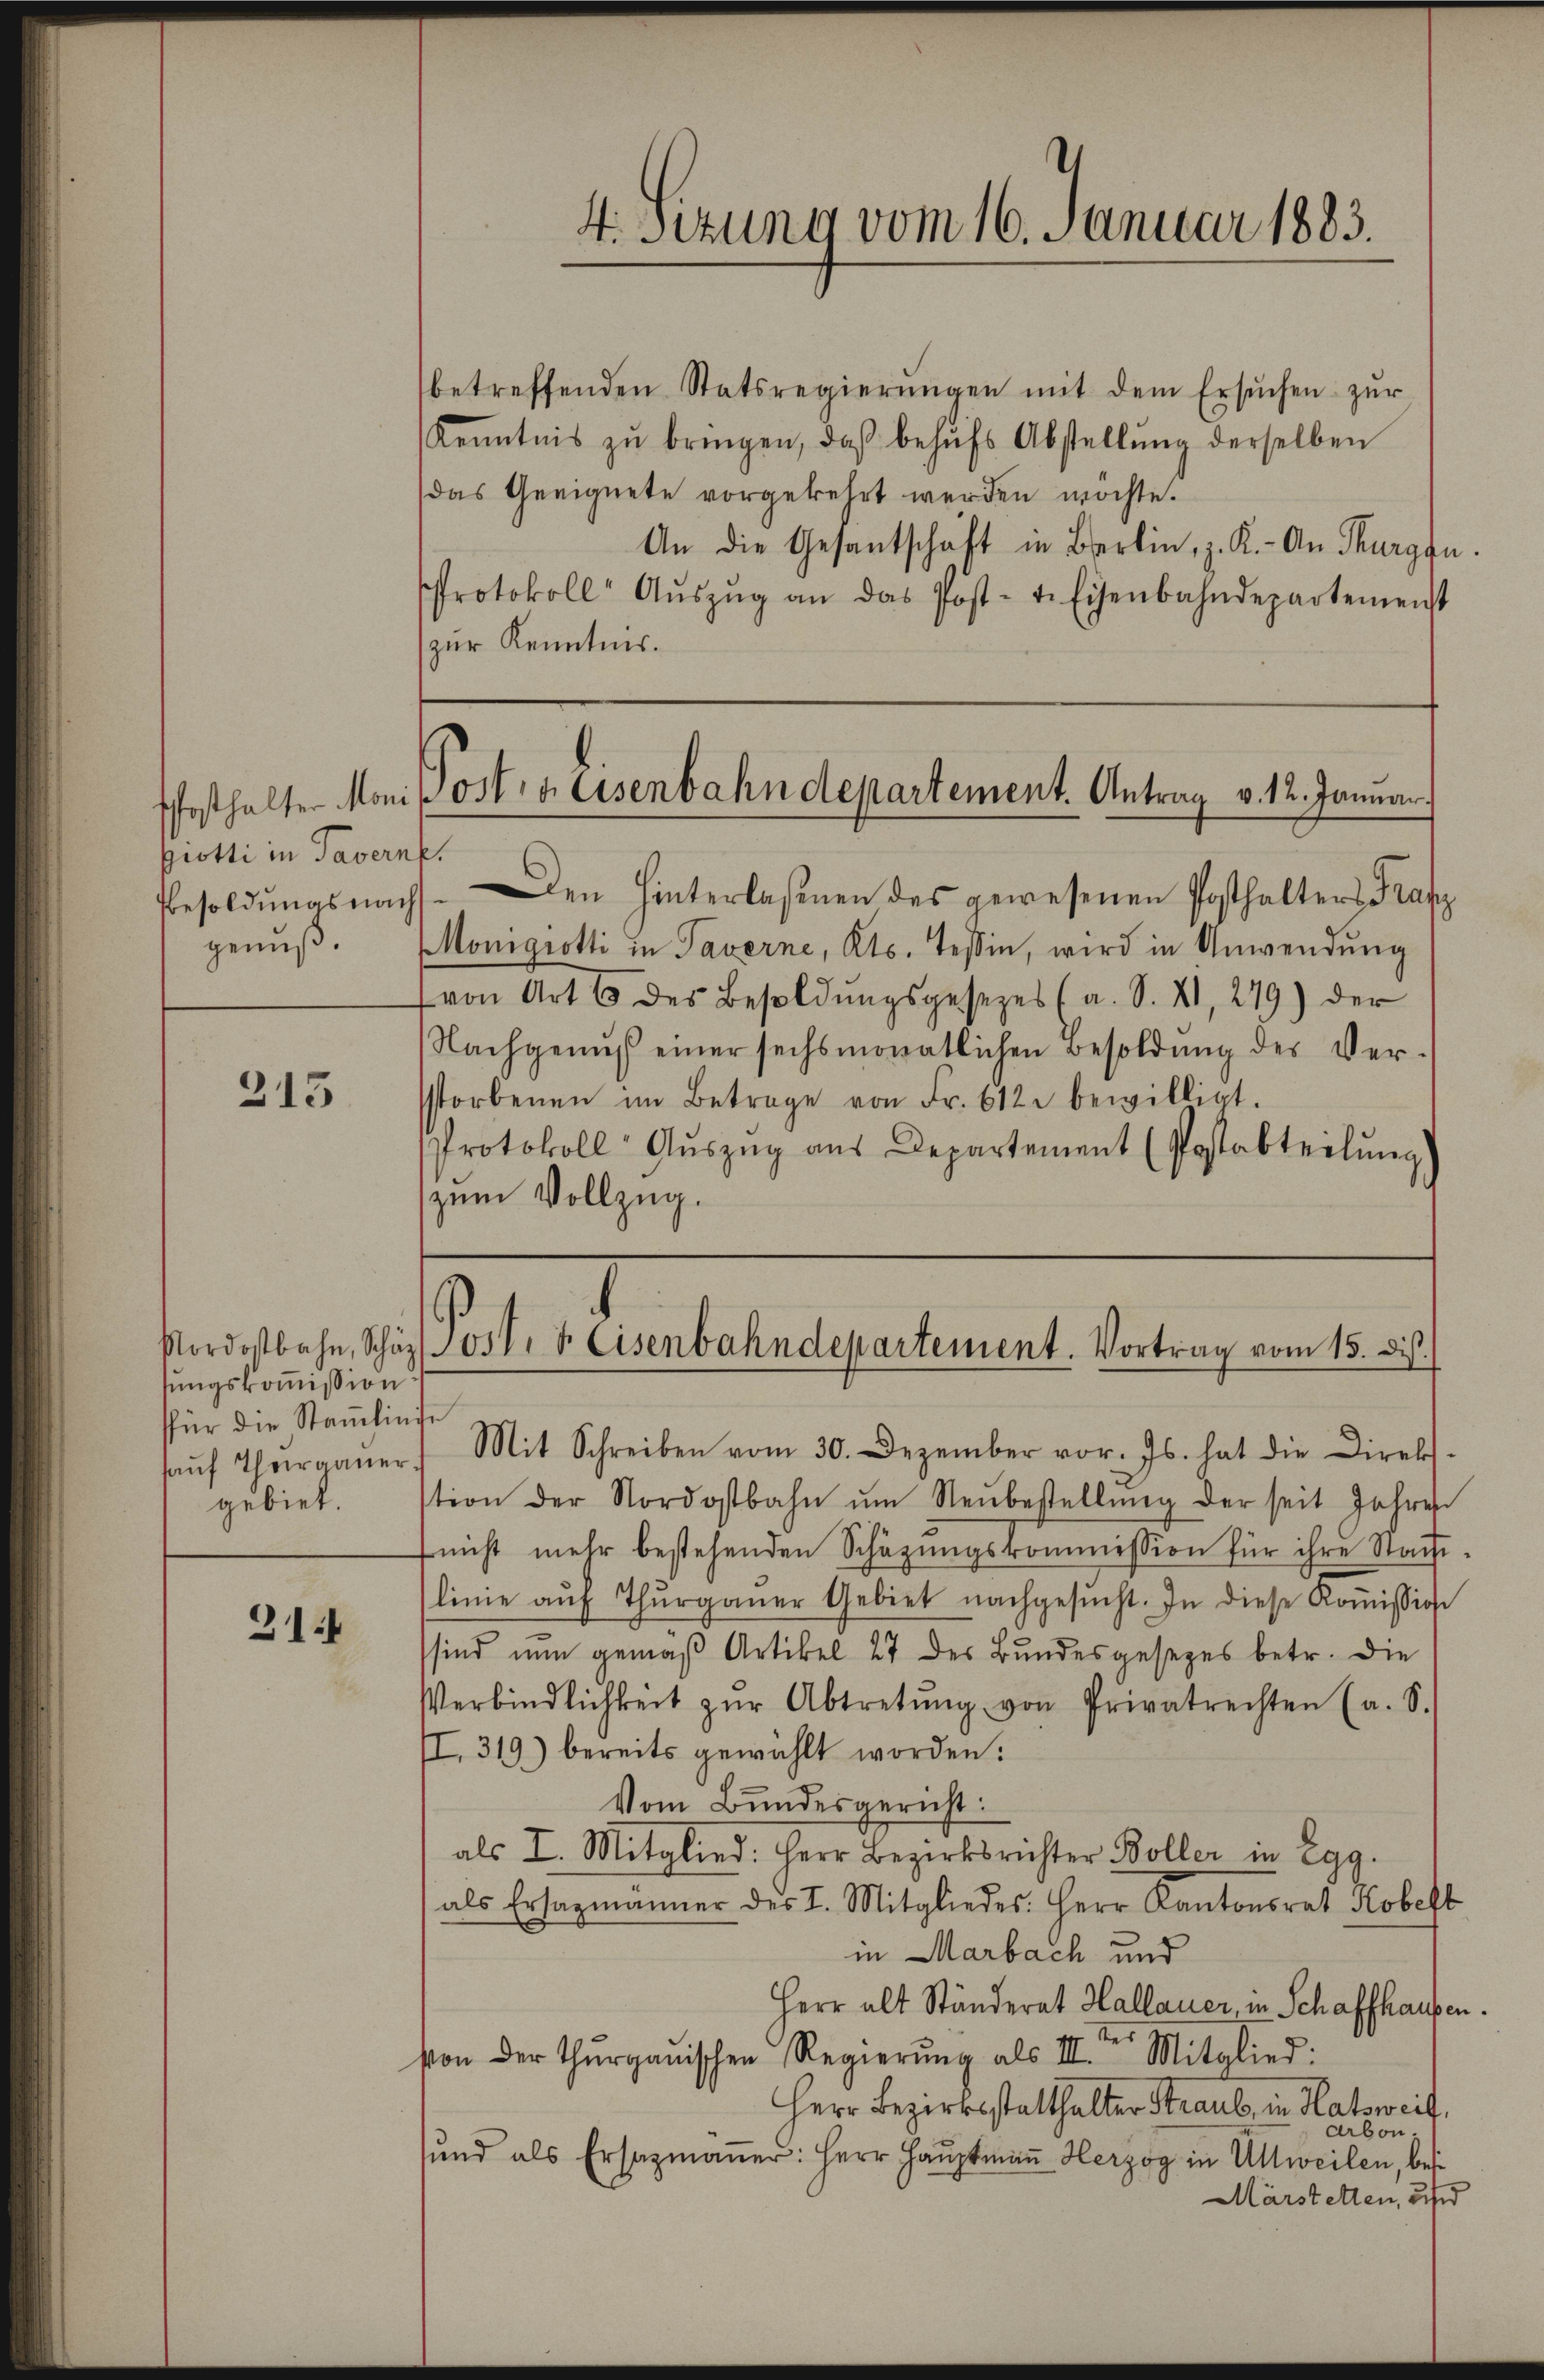
piotti in Taverne.
genuß.

315

Nordostbahn, Schäz
sungskoṁission
für die Stammlinie
gebiet.

31:

betreffenden Statsregierŭngen mit dem Ersŭchen zŭr
Kenntnis zŭ bringen, daß behŭfs Abstellŭng derselben
das Geeignete vorgekehrt werden möchte.
An die Gesantschaft in Bern, z. K. An Murgfn.
Protokoll Aŭszŭg an das Post- u. Eisenbahndepartemenst
zur Kenntnis.

Besoldŭngsnach den hinterlaßenen des gewesenen Posthalters Trafz
Monigrotti in Taverne, Kts. Tessin, wird in Anwendung
von Art 6 des Besoldŭngsgesezes (a. S. 21, 279) der
Nachgenŭβ einer sechsmonatlichen Besoldŭng des Ver-
storbenen im Betrage von Fr. 612 bewilligt.
Protokoll Aŭszŭg aŭs Departement (Postabteilŭng.
zum Vollzug.

4.sizung vom 16. Januar 1883.

Posthalter Moni sostig. Eisenbahndepartement. Antrag v. 12. Januar

Jost, 5 Eisenbahndepartement. Vortrag vom 15. dis.

aŭf Thurgauer Mit Schreiben vom 30. Dezember vor. Js. hat die Direk
stion der Nordostbahn ŭm Neŭbestellŭng der seit Jahren
nicht mehr bestehenden Schäzŭngskommission für ihre Stadt-
linie aŭf Thŭrgaŭer Gebiet nachgesŭcht. In diese Koṁission
sind nun gemäβ Artikel 27 des Bundesgesezes betr. die
Verbindlichkeit zŭr Abtretŭng von Privatrechten (a. S.
II. 319) bereits gewählt worden.
Vom Bundesgericht:
als I. Mitglied. Herr Bezirksrichter Boller in Egg.
als Ersazmänner des I. Mitgliedes. Herr Kantonsrat Kobeft
in Marbach und
Herr alt Ständerat Hallauer, in Schaffhausen.
von der Thurgauischen Regierŭng als III. Mitglied:
Herr Bezirksstatthalter Straub, in Hatsweil,
Arbon
sŭnd als Ersazmaṅer: Herr Hauptmaṅ Herzog in Altweilen, bes
Märstetten, und